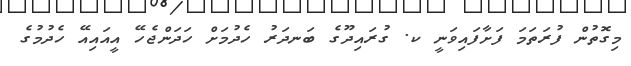
މިގޮތުން ފުރަތަމަ ފަށާފައިވަނީ ކ. ގުރައިދޫގެ ބަނދަރު ހެދުމަށް ހަދަންޖެހޭ އީއައިއޭ ހެދުމުގެ